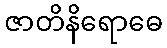
ဇာတိနိရောဓေ